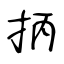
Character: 抦